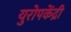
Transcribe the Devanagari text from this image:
युरोपकेंद्री